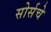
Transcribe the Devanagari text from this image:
सोर्सचे